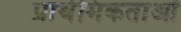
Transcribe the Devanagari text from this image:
प्रार्थमिकताओं